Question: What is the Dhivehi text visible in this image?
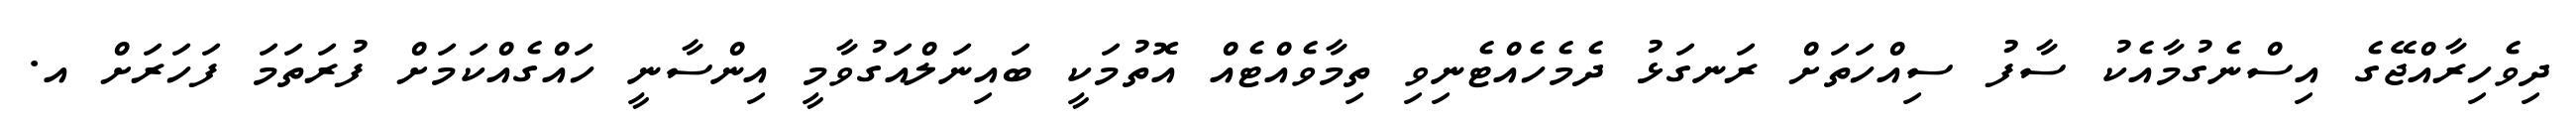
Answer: ދިވެހިރާއްޖޭގެ އިސްނެގުމާއެކު ސާފު ސިއްހަތަށް ރަނގަޅު ދެމެހެއްޓެނިވި ތިމާވެއްޓެއް އޮތުމަކީ ބައިނަލްއަގުވާމީ އިންސާނީ ހައްގެއްކަމަށް ފުރަތަމަ ފަހަރަށް އ.